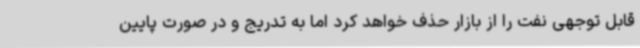
قابل توجهی نفت را از بازار حذف خواهد کرد اما به تدریج و در صورت پایین